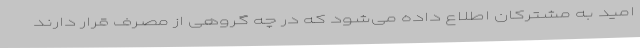
امید به مشترکان اطلاع داده می‌شود که در چه گروهی از مصرف قرار دارند